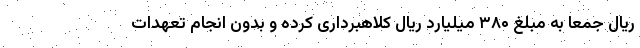
ریال جمعا به مبلغ ۳۸۰ میلیارد ریال کلاهبرداری کرده و بدون انجام تعهدات